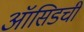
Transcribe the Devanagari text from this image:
ऑसिडची